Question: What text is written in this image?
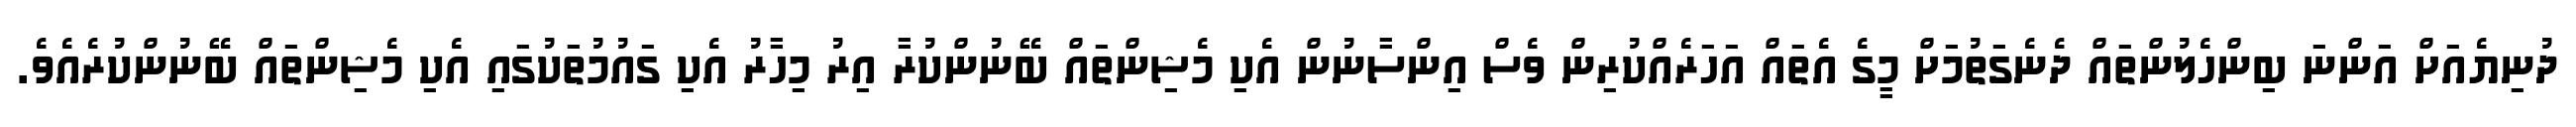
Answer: ދުނިޔެއަށް އަންނަ ބިންހެލުންތައް ދެނެގަތުމަށް މީގެ އެތައް އަހަރެއްކުރިން ވެސް އިންސާނުން އެކި މެޝިންތައް ބޭނުންކުރާ އިރު މިހާރު އެކި ގައުމުތަކުގައި އެކި މެޝިންތައް ބޭނުންކުރެއެވެ.